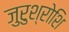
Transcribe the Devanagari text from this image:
जुरुश्रोशि